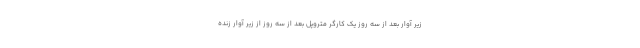
زیر آوار بعد از سه روز یک کارگر متروپل بعد از سه روز از زیر آوار زنده